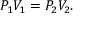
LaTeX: \qquad P _ { 1 } V _ { 1 } = P _ { 2 } V _ { 2 } .